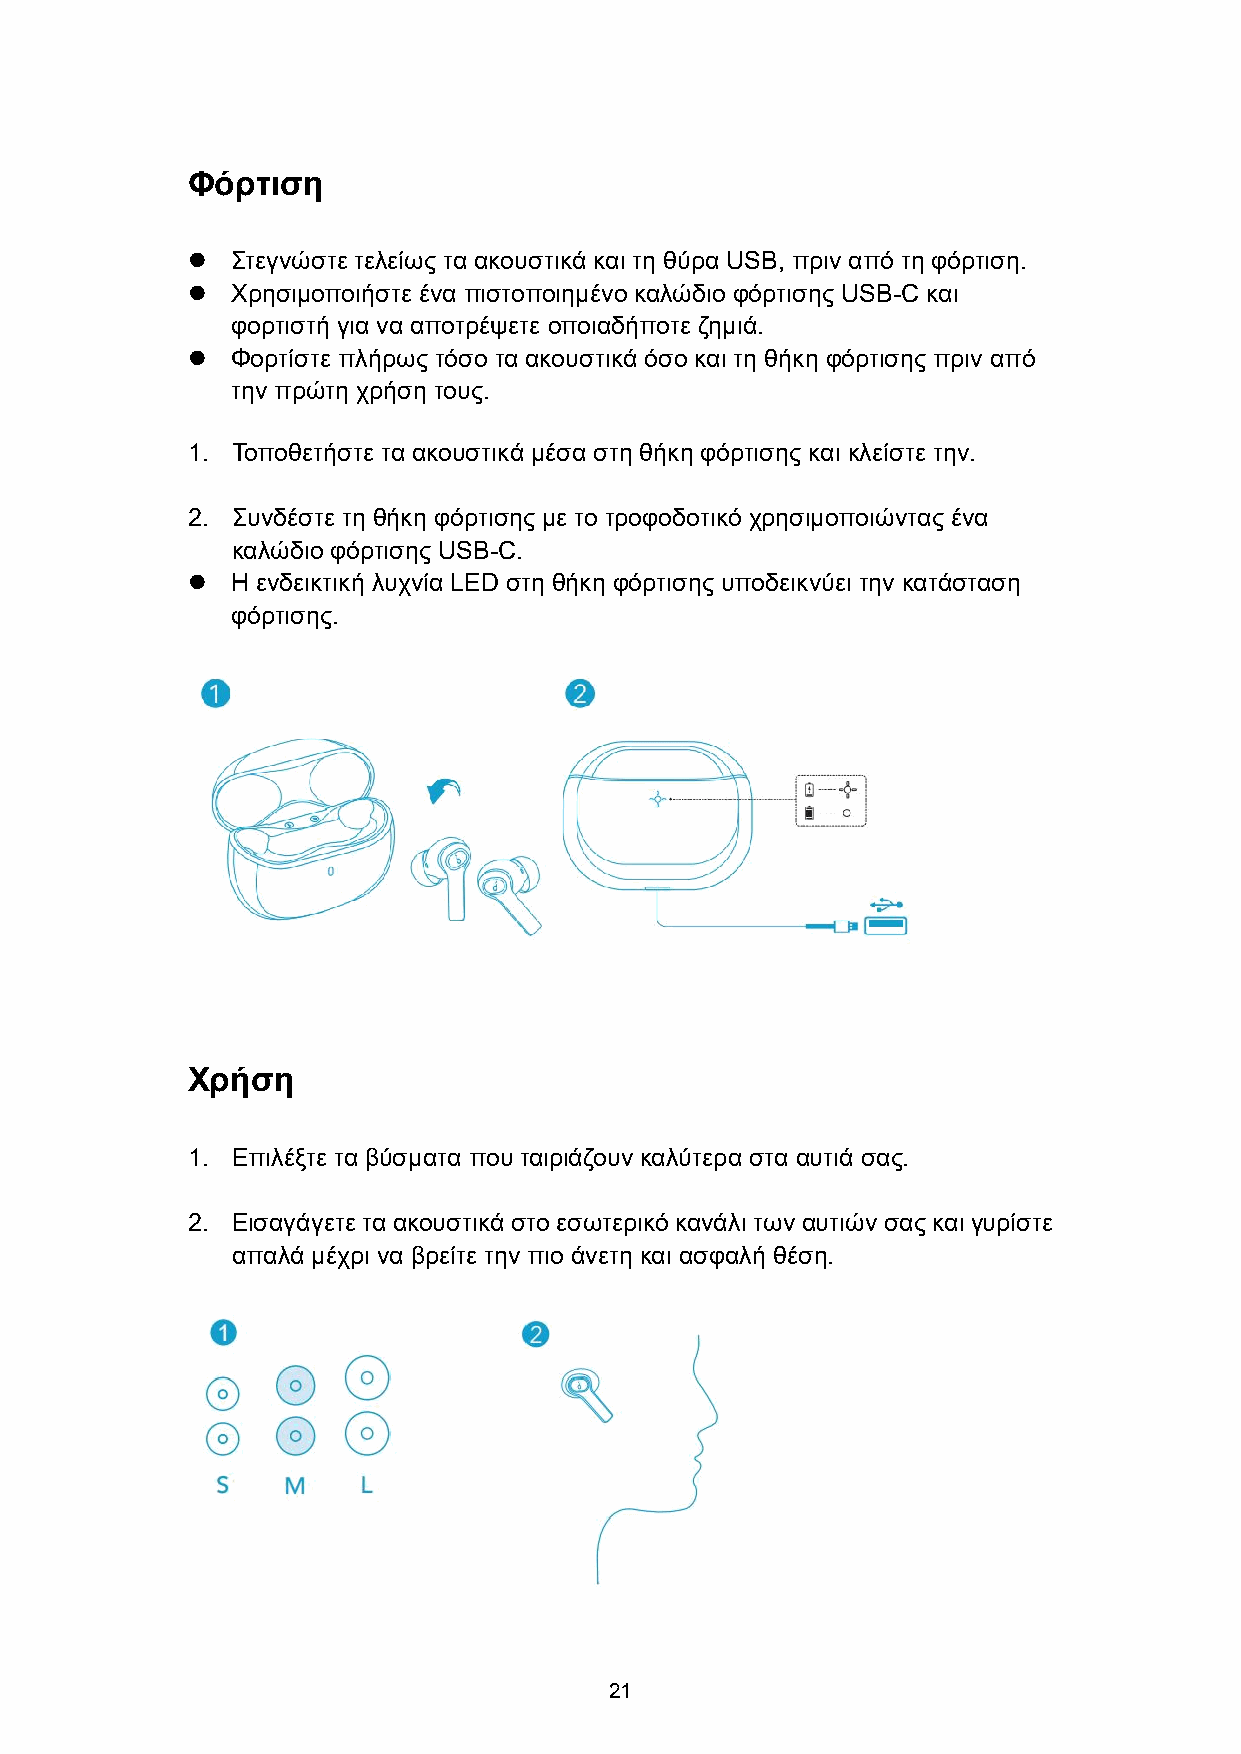
Φόρτιση
   Στεγνώστε τελείως τα ακουστικά και τη θύρα USB, πριν από τη φόρτιση.
   Χρησιμοποιήστε ένα πιστοποιημένο καλώδιο φόρτισης USB-C και
 φορτιστή για να αποτρέψετε οποιαδήποτε ζημιά.
   Φορτίστε πλήρως τόσο τα ακουστικά όσο και τη θήκη φόρτισης πριν από
 την πρώτη χρήση τους.
 1. Τοποθετήστε τα ακουστικά μέσα στη θήκη φόρτισης και κλείστε την.
 2. Συνδέστε τη θήκη φόρτισης με το τροφοδοτικό χρησιμοποιώντας ένα
 καλώδιο φόρτισης USB-C.
   Η ενδεικτική λυχνία LED στη θήκη φόρτισης υποδεικνύει την κατάσταση
 φόρτισης.
 Χρήση
 1. Επιλέξτε τα βύσματα που ταιριάζουν καλύτερα στα αυτιά σας.
 2. Εισαγάγετετα ακουστικά στο εσωτερικό κανάλι των αυτιών σαςκαι γυρίστε
 απαλά μέχρι να βρείτε την πιο άνετη και ασφαλή θέση.
 21